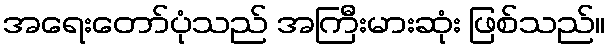
အရေးတော်ပုံသည် အကြီးမားဆုံး ဖြစ်သည်။